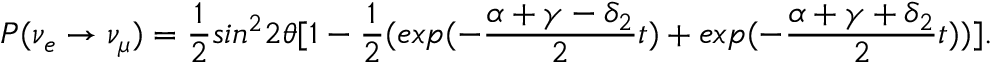
P ( \nu _ { e } \rightarrow \nu _ { \mu } ) = \frac { 1 } { 2 } s i n ^ { 2 } 2 \theta [ 1 - \frac { 1 } { 2 } ( e x p { ( - \frac { \alpha + \gamma - \delta _ { 2 } } { 2 } t ) } + e x p { ( - \frac { \alpha + \gamma + \delta _ { 2 } } { 2 } t ) } ) ] .